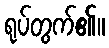
ရုပ်တွက်၏။